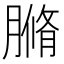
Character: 䐰